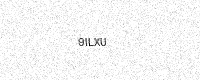
Text: 9ILXU